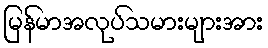
မြန်မာအလုပ်သမားများအား